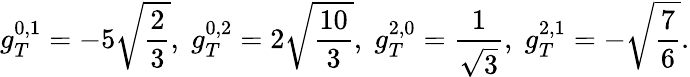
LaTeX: g_{T}^{0,1}=-5\sqrt{\frac{2}{3}},\; g_{T}^{0,2}=2\sqrt{\frac{10}{3}},\; g_{T}^{2,0}=\frac{1}{\sqrt{3}},\; g_{T}^{2,1}=-\sqrt{\frac{7}{6}}.